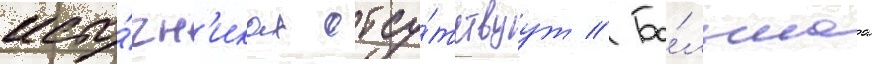
исто́чн'иках отсу́тствуут // Бо́льшаа